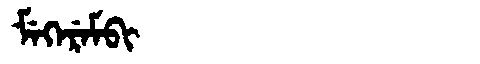
Manchu: ᠮᡝᡴᡝᡵᡝᠮᠪᡳ
Romanization: MEKEREMBI